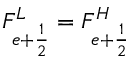
F _ { e + \frac { 1 } { 2 } } ^ { L } = F _ { e + \frac { 1 } { 2 } } ^ { H }